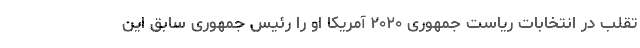
تقلب در انتخابات ریاست جمهوری ۲۰۲۰ آمریکا او را رئیس جمهوری سابق این